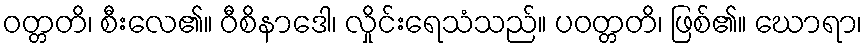
ဝတ္တတိ၊ စီးလေ၏။ ဝီစိနာဒေါ၊ လှိုင်းရေသံသည်။ ပဝတ္တတိ၊ ဖြစ်၏။ ဃောရာ၊